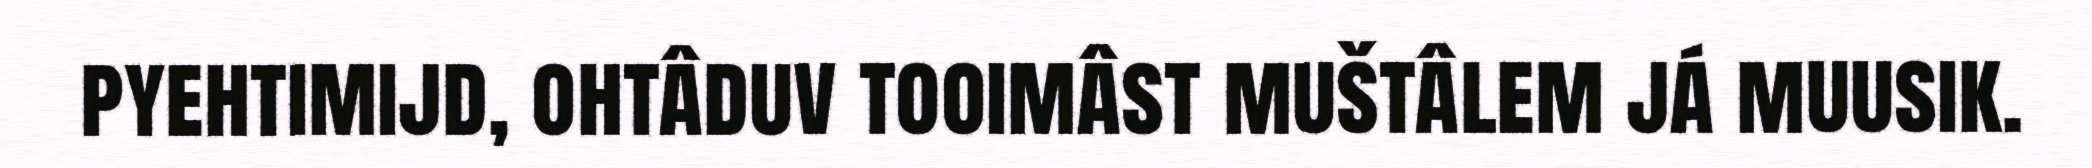
pyehtimijd, ohtâduv tooimâst muštâlem já muusik.